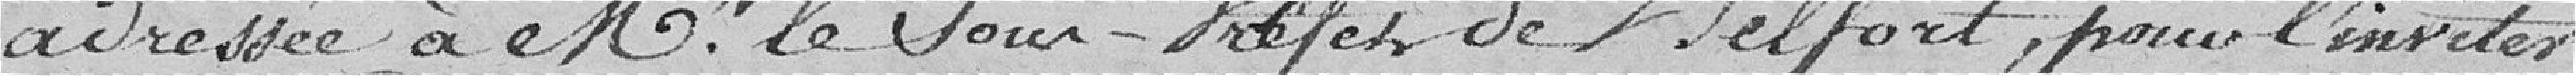
adressée à Mr le Sous-Préfet de Belfort, pour l'inviter